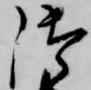
御